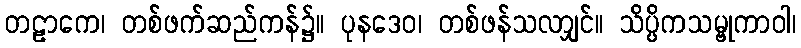
တဠာကေ၊ တစ်ဖက်ဆည်ကန်၌။ ပုနဒေဝ၊ တစ်ဖန်သလာျှင်။ သိပ္ပိကသမ္ဗုကာဝါ၊